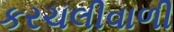
કરચલીવાળી